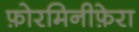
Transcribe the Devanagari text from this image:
फ़ोरमिनीफ़ेरा